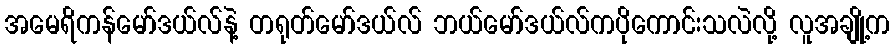
အမေရိကန်မော်ဒယ်လ်နဲ့ တရုတ်မော်ဒယ်လ် ဘယ်မော်ဒယ်လ်ကပိုကောင်းသလဲလို့ လူအချို့က